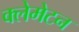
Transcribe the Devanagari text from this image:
क्लेमेटन